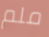
ملم